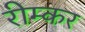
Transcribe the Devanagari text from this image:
रीम्कर